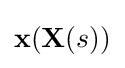
\mathbf {x} (\mathbf {X} (s))